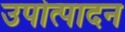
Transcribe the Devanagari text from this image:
उपोत्पादन